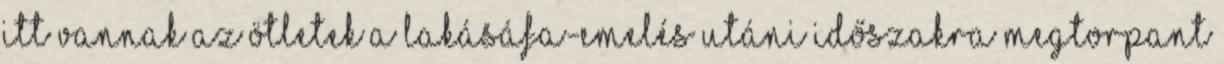
Itt vannak az ötletek a lakásáfa-emelés utáni időszakra Megtorpant